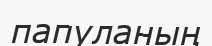
папуланың